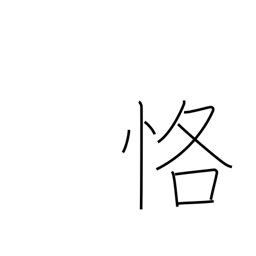
Meaning: carefulness